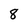
Character: 8